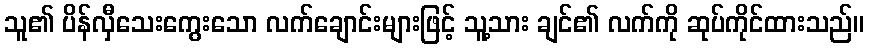
သူ၏ ပိန်လှီသေးကွေးသော လက်ချောင်းများဖြင့် သူ့သား ချင်၏ လက်ကို ဆုပ်ကိုင်ထားသည်။